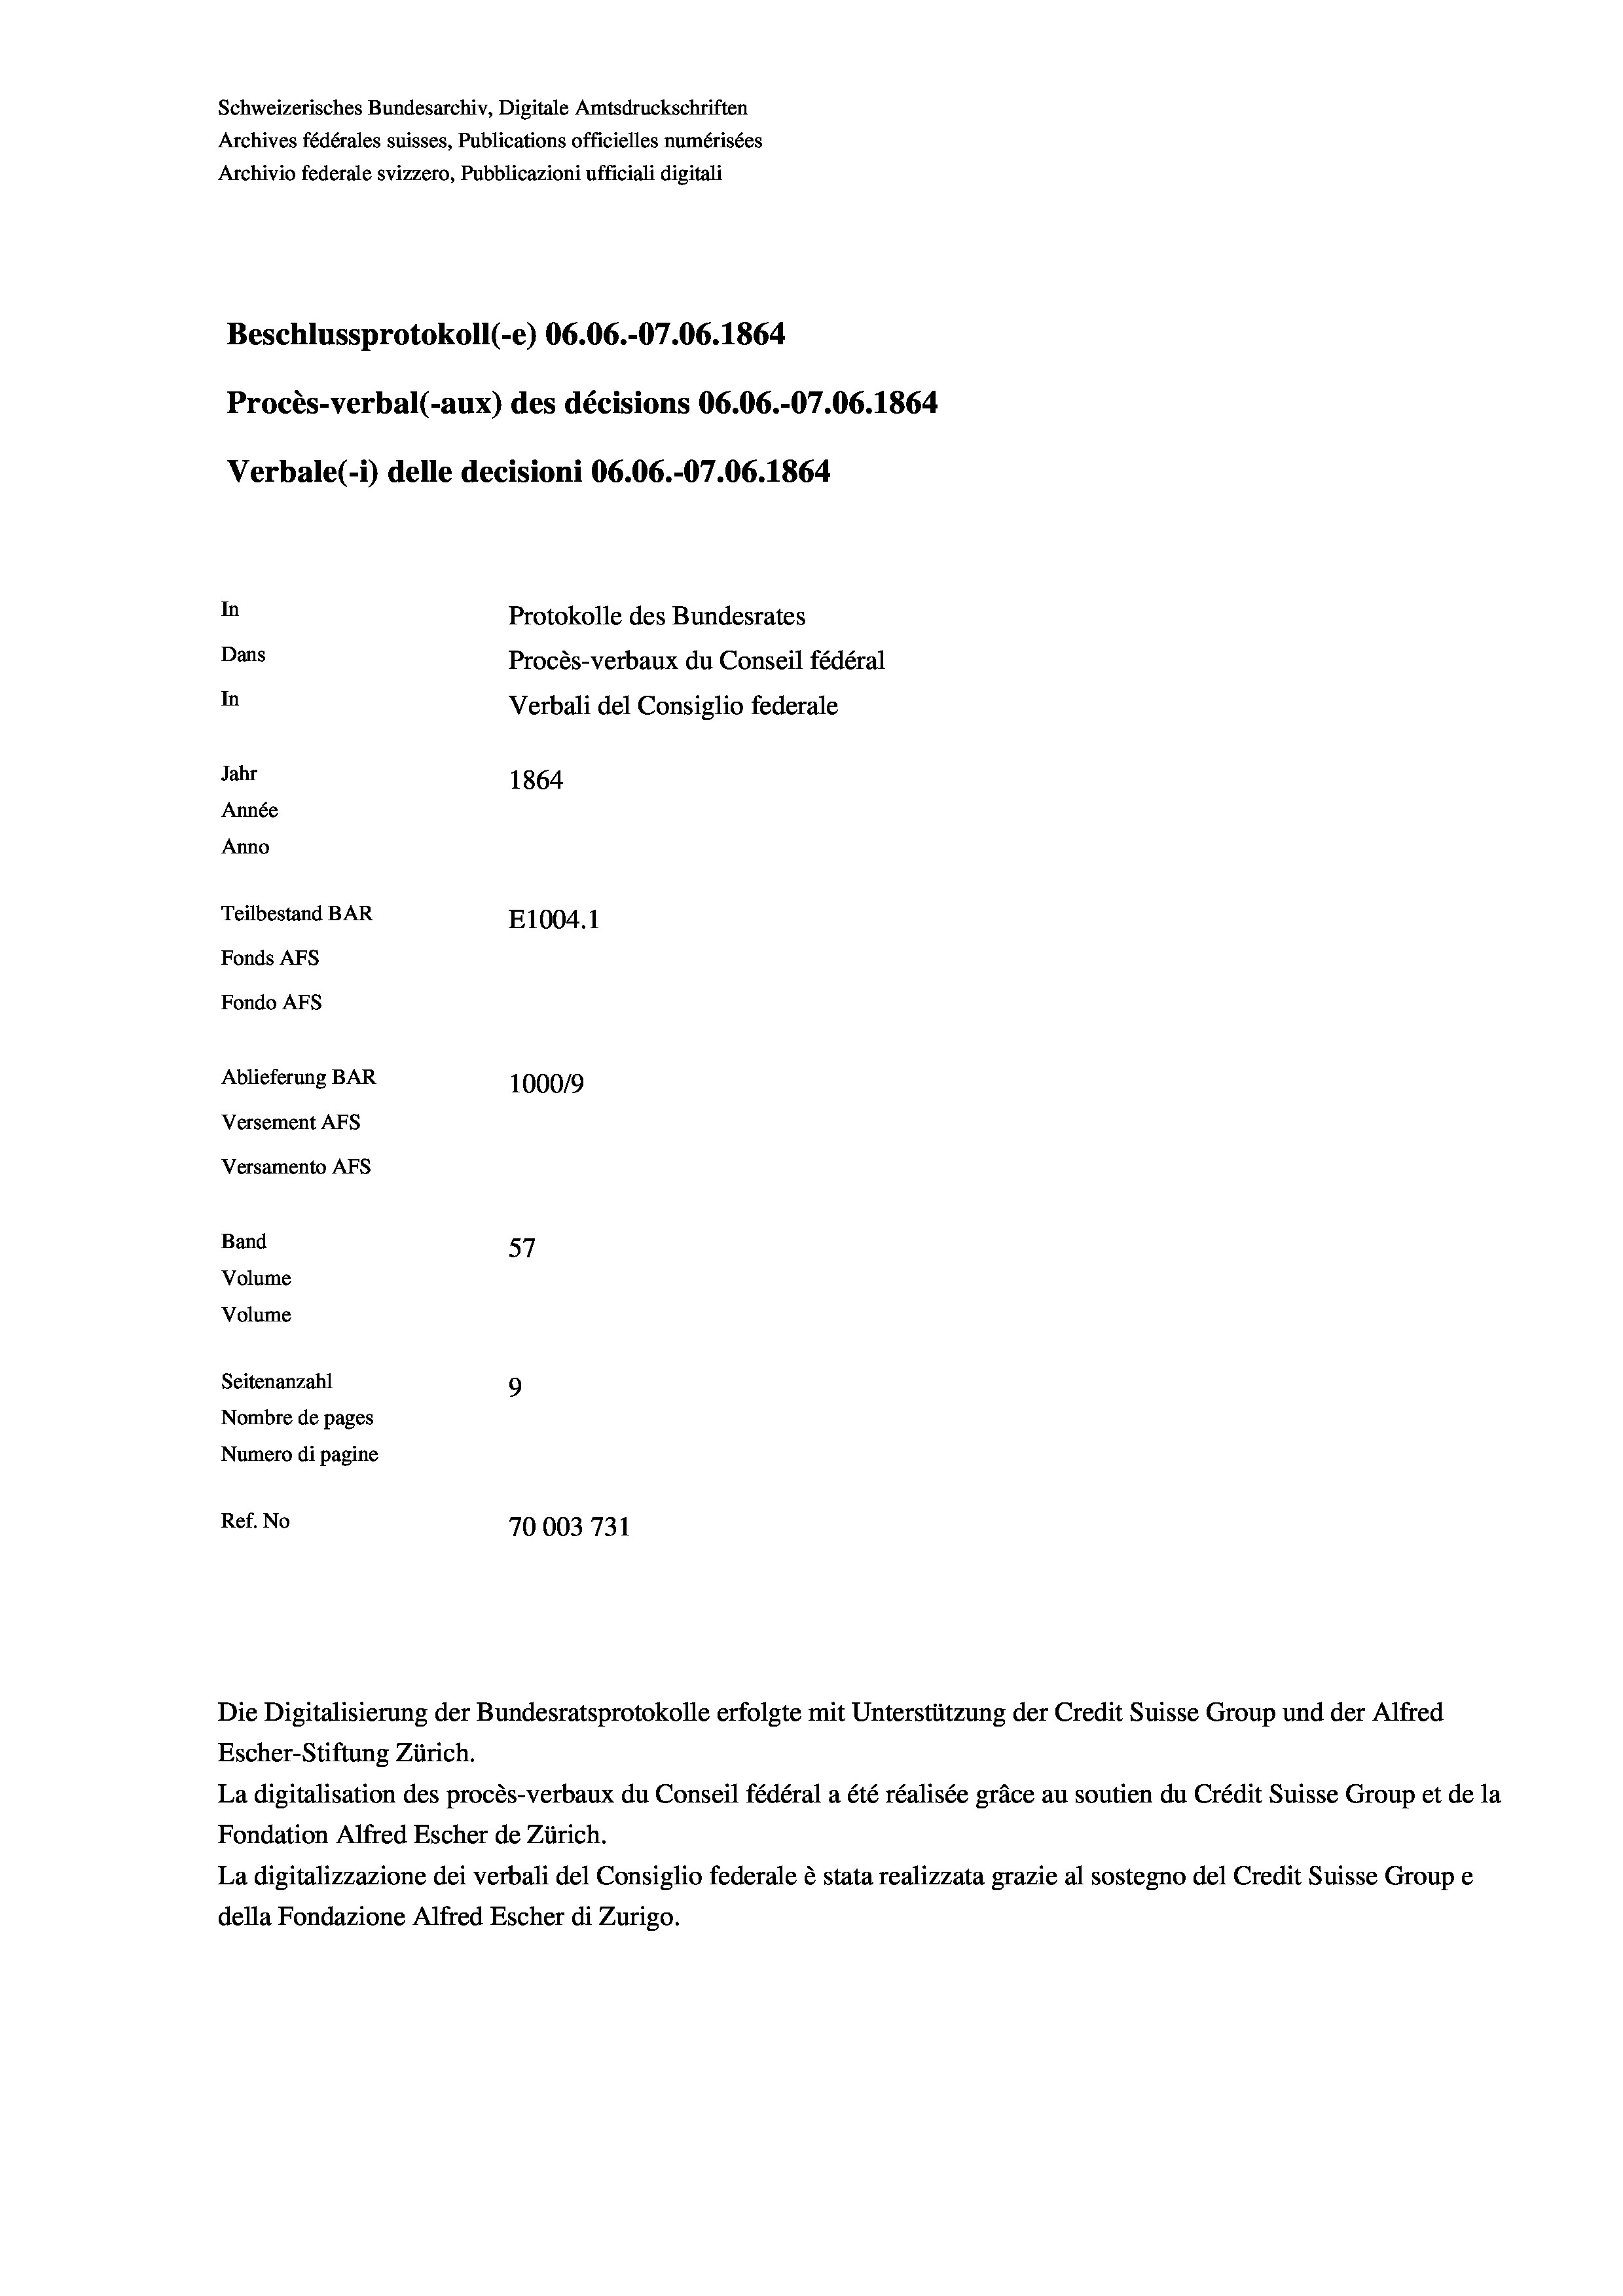
Beschlussprotokoll (-e) 06.06.-07.06. 1864
Procès-verbal (-aux) des décisions 06.06.-07.06. 1864
In
Protokolle des Bundesrates
Dans
Procès-verbaux du Conseil fédéral
In
Verbali del Consiglio federale
Jahr
1864
Année
Anno
Teilbestand BAR
E1004.1
Fonds AFs
Fondo AFS

Ablieferung BAR
Versement AFs
Versamento AFs
Band
Volume
Volume
Seitenanzahl
Nombre de pages
Numero di pagine

Verbale (- 1) delle decisioni 06.06.-07.06. 1864.

Schweizerisches Bundesarchiv, Digitale Amtsdruckschriften
Archives fédérales suisses, Publications officielles numérisées
Archivio federale svizzero, Pubblicazioni ufficiali digitali

100019
57
9
Ref. No
70003731

Escher-Stiftung Zürich.
La digitalisation des procès-verbaux du Conseil fédéral a été réalisée gräce au soutien du Crédit Suisse Group et de la
Fondation Alfred Escher de Zürich.
La digitalizzazione dei verbali del Consiglio federale è stata realizzata grazie al sostegno del Credit Suisse Groupe
della Fondazione Alfred Escher di Zurigo.

Die Digitalisierung der Bundesratsprotokolle erfolgte mit Unterstützung der Credit Suisse Group und der Alfred